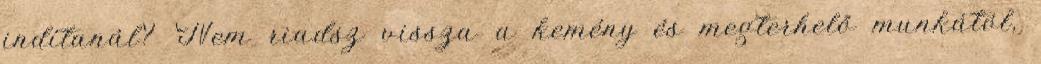
indítanál? Nem riadsz vissza a kemény és megterhelő munkától,